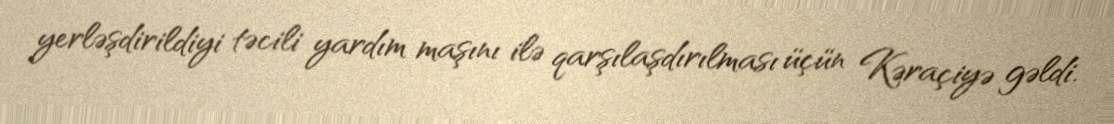
yerləşdirildiyi təcili yardım maşını ilə qarşılaşdırılması üçün Kəraçiyə gəldi.